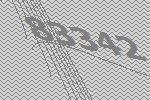
83342